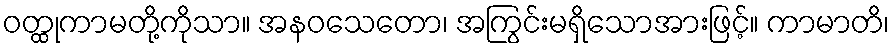
ဝတ္ထုကာမတို့ကိုသာ။ အနဝသေတော၊ အကြွင်းမရှိသောအားဖြင့်။ ကာမာတိ၊